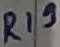
Text: R19